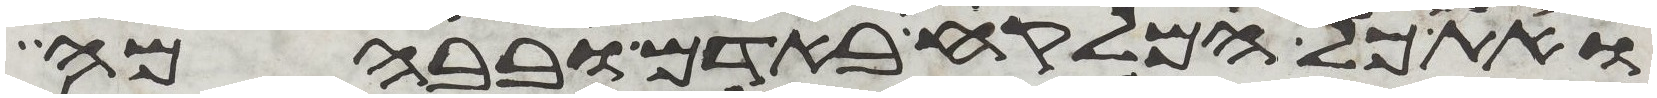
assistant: ואת כל המלקח באדם ובבהמה